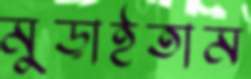
মুড়াইতাম